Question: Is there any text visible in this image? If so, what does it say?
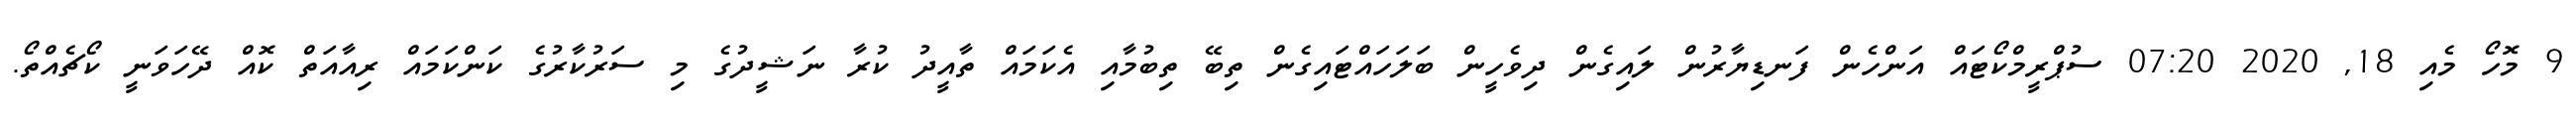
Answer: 9 މޮހޯ މެއި 18, 2020 07:20 ސުޕްރީމްކޯޓައް އަންހެން ފަނޑިޔާރުން ލައިގެން ދިވެހީން ބަލަހައްޓައިގެން ތިބޭ ތިބުމާއި އެކަމައް ތާއީދު ކުރާ ނަޝީދުގެ މި ސަރުކާރުގެ ކަންކަމައް ރިއާއަތް ކޮއް ދޭހަވަނީ ކޯޗެއްތޯ.